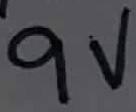
Text: 9V